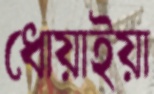
ধোয়াইয়া